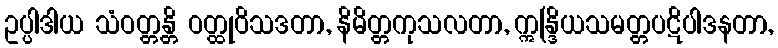
ဥပ္ပါဒါယ သံဝတ္တန္တိ ဝတ္ထုဝိသဒတာ, နိမိတ္တကုသလတာ, ဣန္ဒြိယသမတ္တပဋိပါဒနတာ,